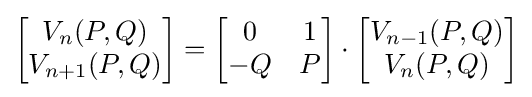
{\begin{bmatrix}V_{n}(P,Q)\\V_{n+1}(P,Q)\end{bmatrix}}={\begin{bmatrix}0&1\\-Q&P\end{bmatrix}}\cdot {\begin{bmatrix}V_{n-1}(P,Q)\\V_{n}(P,Q)\end{bmatrix}}